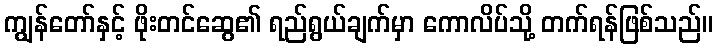
ကျွန်တော်နှင့် ဖိုးတင်ဆွေ၏ ရည်ရွယ်ချက်မှာ ကောလိပ်သို့ တက်ရန်ဖြစ်သည်။